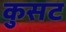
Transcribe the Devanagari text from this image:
कुसट